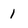
Character: 1